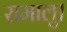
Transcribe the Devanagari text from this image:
रामालु।